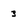
Character: 3